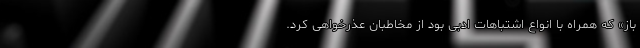
باز» که همراه با انواع اشتباهات ادبی بود از مخاطبان عذرخواهی کرد.